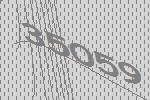
35059